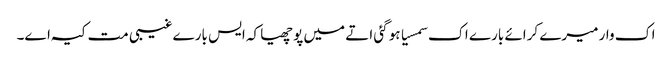
اک وار میرے کرائے بارے اک سمسیا ہو گئی اتے میں پوچھیا کہ ایس بارے غیبی مت کیہ اے۔